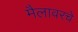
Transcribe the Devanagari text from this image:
मैलावरचे